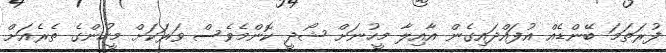
ފުރަތަމަ ބޭންޑެއް އުފައްދައިގެން އާއިލާ މީހުނަށް ޝޯދީ ކޮންމެވެސް ވަރަކަށް މީހުންގެ ތެރެއަށް